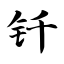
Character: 钎